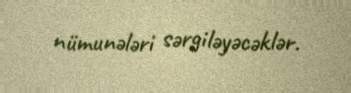
nümunələri sərgiləyəcəklər.